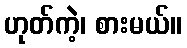
ဟုတ်ကဲ့၊ စားမယ်။